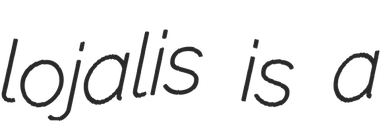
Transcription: lojalis is a